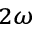
_ { 2 \omega }